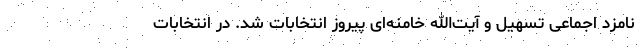
نامزد اجماعی تسهیل و آیت‌الله خامنه‌ای پیروز انتخابات شد. در انتخابات